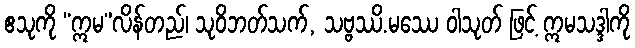
ဧသုကို “ဣမ”လိန်တည်၊ သုဝိဘတ်သက်, သဗ္ဗဿိ.မဿေ ဝါသုတ် ဖြင့် ဣမသဒ္ဒါကို